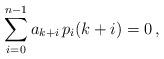
LaTeX: \begin{align*}\sum_{i=0}^{n-1}a_{k+i}\, p_i(k+i)=0\,,\end{align*}